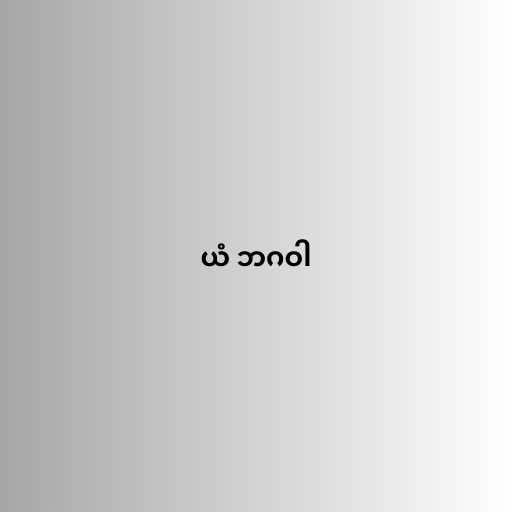
ယံ ဘဂဝါ